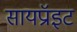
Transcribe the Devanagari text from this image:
सायप्रॉइट